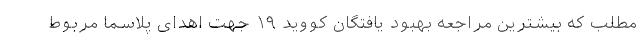
مطلب که بیشترین مراجعه بهبود یافتگان کووید ۱۹ جهت اهدای پلاسما مربوط